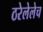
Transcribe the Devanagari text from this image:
ठरेलेलेच